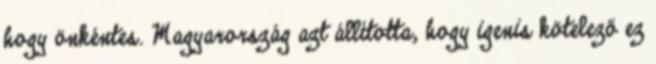
hogy önkéntes. Magyarország azt állította, hogy igenis kötelező ez